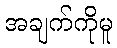
အချက်ကိုမူ